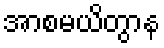
အာစမယိတွာန